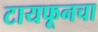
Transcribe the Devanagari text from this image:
टायफूनचा